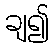
ချ၍